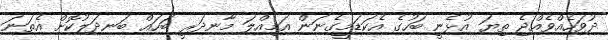
ދުވަހެއްވެއްޖެ ތިޔަ އުޅެނީ ބަހުގެ އެކަޑަމީގެނަން އަމިއްލަ މާނދަރީ ބަހައް ބަނދަލުކޮށް އެތަނަ